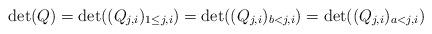
LaTeX: \begin{align*}\det(Q)=\det((Q_{j,i})_{1\leq j,i})=\det((Q_{j,i})_{b< j,i})=\det((Q_{j,i})_{a<j,i})\end{align*}